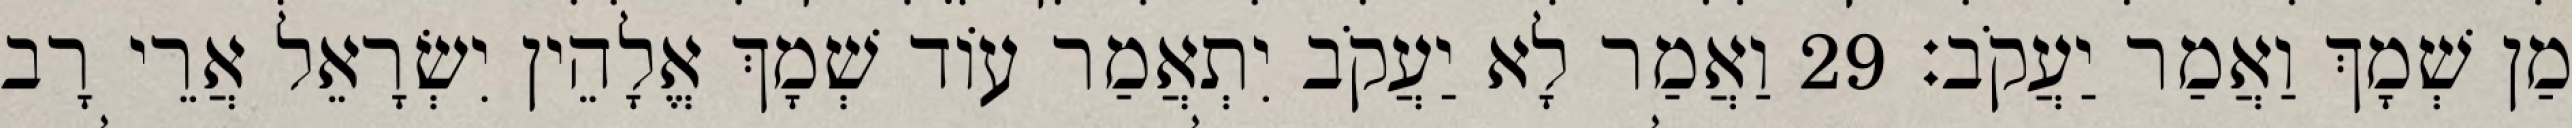
מַן שְׁמָךְ וַאֲמַר יַעֲקֹב׃ 29 וַאֲמַר לָא יַעֲקֹב יִתְאֲמַר עוֹד שְׁמָךְ אֱלָהֵין יִשְׂרָאֵל אֲרֵי רָב